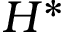
H ^ { * }